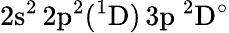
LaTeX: \mathrm{2s^{2}\, 2p^{2}(^{1}D)\, 3p~^{2}D^{\circ}}